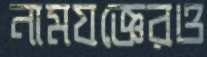
নামযজ্ঞেরও